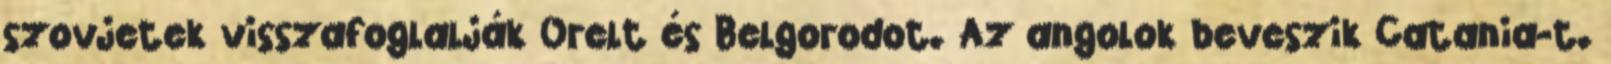
szovjetek visszafoglalják Orelt és Belgorodot. Az angolok beveszik Catania-t.